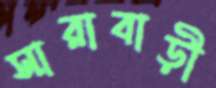
সারাবাড়ী